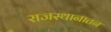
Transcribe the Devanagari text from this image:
राजस्थानातन